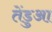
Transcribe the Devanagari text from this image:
तेंडुआ